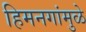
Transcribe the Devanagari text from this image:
हिमनगांमुळे